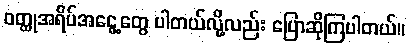
ဝတ္ထုအရိပ်အငွေ့တွေ ပါတယ်လို့လည်း ပြောဆိုကြပါတယ်။